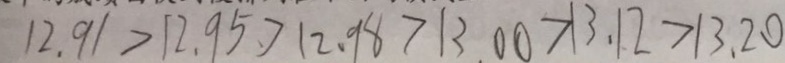
1 2 . 9 1 > 1 2 . 9 5 > 1 2 . 9 8 > 1 3 . 0 0 > 1 3 . 1 2 > 1 3 . 2 0